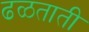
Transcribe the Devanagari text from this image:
ढळताती